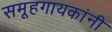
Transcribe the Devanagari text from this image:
समूहगायकांनी